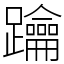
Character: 䠯